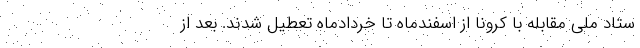
ستاد ملی مقابله با کرونا از اسفندماه تا خردادماه تعطیل شدند. بعد از